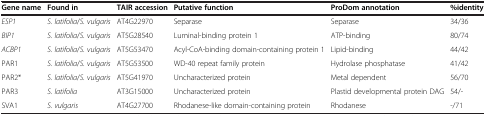
| Gene name | Found in | TAIR accession | Putative function | ProDom annotation | %identity |
 | --- | --- | --- | --- | --- | --- |
 | ESP1 | S. latifolia/S. vulgaris | AT4G22970 | Separase | Separase | 34/36 |
 | BIP1 | S. latifolia/S. vulgaris | AT5G28540 | Luminal-binding protein 1 | ATP-binding | 80/74 |
 | ACBP1 | S. latifolia/S. vulgaris | AT5G53470 | Acyl-CoA-binding domain-containing protein 1 | Lipid-binding | 44/42 |
 | PAR1 | S. latifolia/S. vulgaris | AT5G53500 | WD-40 repeat family protein | Hydrolase phosphatase | 41/42 |
 | PAR2* | S. latifolia/S. vulgaris | AT5G41970 | Uncharacterized protein | Metal dependent | 56/70 |
 | PAR3 | S. latifolia | AT3G15000 | Uncharacterized protein | Plastid developmental protein DAG | 54/- |
 | SVA1 | S. vulgaris | AT4G27700 | Rhodanese-like domain-containing protein | Rhodanese | -/71 |